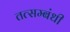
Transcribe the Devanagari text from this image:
तत्सम्बंधी